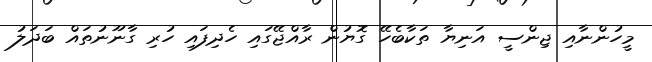
މީހުންނާއި ޖިންސީ އަނިޔާ ތަކާބެހޭ ގޮޔުން ރާއްޖޭގައި ހެދިފައި ހުރި ގާނޫނުތައް ބަދަލު